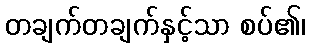
တချက်တချက်နှင့်သာ စပ်၏၊